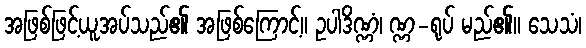
အဖြစ်ဖြင့်ယူအပ်သည်၏ အဖြစ်ကြောင့်။ ဥပါဒိဏ္ဏံ၊ ဏ္ဏ-ရုပ် မည်၏။ သေသံ၊